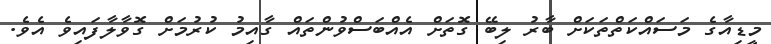
މީޑިއާގެ މަސައްކަތްތަކަށް ބާރު ލިބޭ ގޮތަށް އެއްބަސްވުންތައް ގާއިމު ކުރުމަށް ގޮވާލާފައިވެ އެވެ.